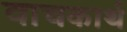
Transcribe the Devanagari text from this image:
वाचकार्थ